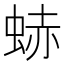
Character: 𧋒